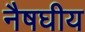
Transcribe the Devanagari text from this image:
नैषघीय